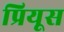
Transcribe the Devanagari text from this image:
प्रियूस